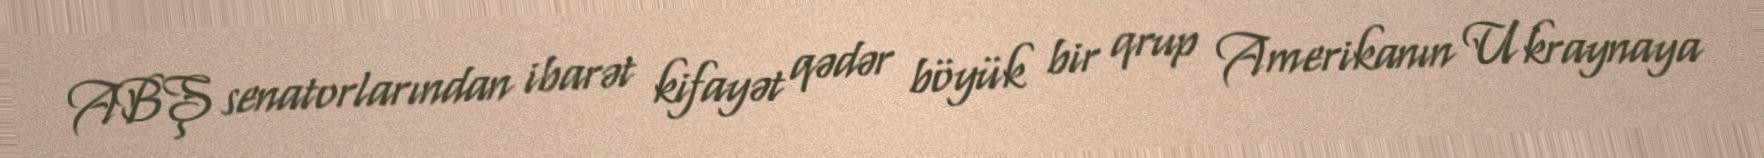
ABŞ senatorlarından ibarət kifayət qədər böyük bir qrup Amerikanın Ukraynaya